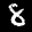
Label: 8